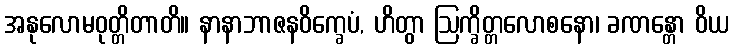
အနုလောမဝုတ္တိတာတိ။ နာနာဘာဇနဝိက္ခေပံ, ဟိတွာ ဩက္ခိတ္တလောစနော၊ ခဏန္တော ဝိယ